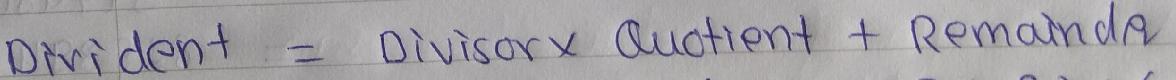
Dividend = Divisor×Quotient + Remainder